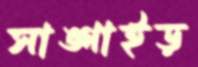
সাঙ্গাইড়